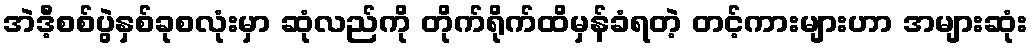
အဲဒီ့စစ်ပွဲနှစ်ခုစလုံးမှာ ဆုံလည်ကို တိုက်ရိုက်ထိမှန်ခံရတဲ့ တင့်ကားများဟာ အများဆုံး